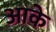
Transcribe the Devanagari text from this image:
अाके